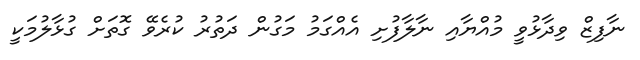
ނާފިޒް ވިދާޅުވީ މުއްޔާއި ނާލާފުށި އެއްގަމު މަގުން ދަތުރު ކުރެވޭ ގޮތަށް ގުޅާލުމަކީ